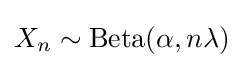
X_{n}\sim {\text{Beta}}(\alpha ,n\lambda )